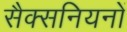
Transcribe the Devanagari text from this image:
सैक्सनियनों